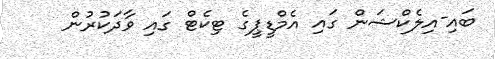
ބައި-އިލެކްޝަން ގައި އެމްޑީޕީގެ ޓިކެޓް ގައި ވާދަކުރުން